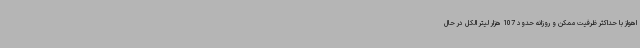
اهواز با حداکثر ظرفیت ممکن و روزانه حدود 107 هزار لیتر الکل در حال